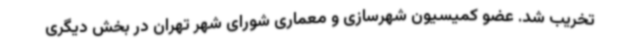
تخریب شد. عضو کمیسیون شهرسازی و معماری شورای شهر تهران در بخش دیگری